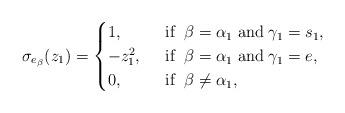
LaTeX: \begin{align*}\sigma_{e_\beta}(z_1) = \begin{cases} 1, & \;\; \mbox{if} \;\; \beta = \alpha_1 \; \mbox{and} \; \gamma_1 = s_1,\\-z_1^2, & \;\; \mbox{if} \;\; \beta = \alpha_1 \; \mbox{and} \; \gamma_1 = e,\\0, & \;\; \mbox{if} \;\; \beta \neq \alpha_1,\end{cases}\end{align*}